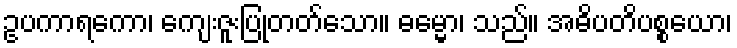
ဥပကာရကော၊ ကျေးဇူးပြုတတ်သော။ ဓမ္မော၊ သည်။ အဓိပတိပစ္စယော၊